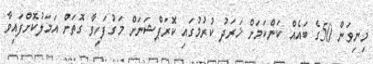
މިނިވަން 50ގެ ބައެއް ކަންކަމަށް ޚަރަދު ކުރުމުގައި ކޮރަޕްޝަނަށް މަގުފަހިވާ ގޮތަށް އަމަލުކޮށްފައިވާ